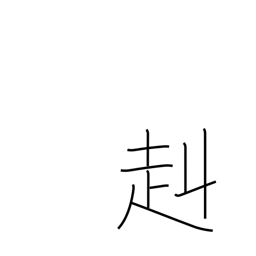
Meaning: strong and brave